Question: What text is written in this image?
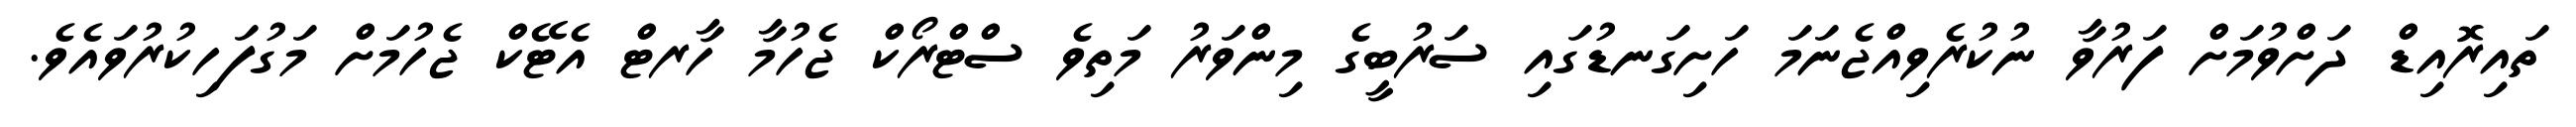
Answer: ތައިރޮއިޑް ދަށްވުމަށް ފަރުވާ ނުކުރެވިއްޖެނަމަ ހަށިގަނޑުގައި ސަރުބީގެ މިންވަރު މަތިވެ ސްޓްރޯކް ޖެހުމާ ހާރޓް އެޓޭކް ޖެހުމަށް މަގުފަހިކުރުވައެވެ.